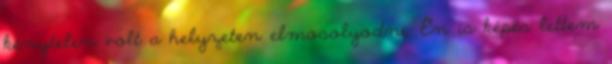
kénytelen volt a helyzeten elmosolyodni. Én is képes lettem